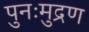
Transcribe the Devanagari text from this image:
पुनःमुद्रण